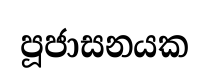
පූජාසනයක